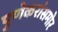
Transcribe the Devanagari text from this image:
पुणेकरांसमोर